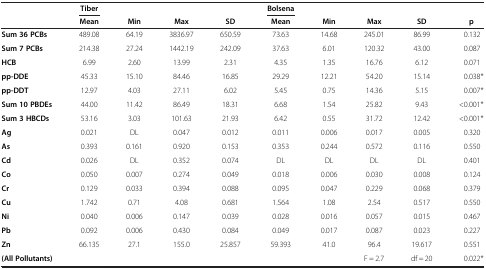
<table><thead><tr><td rowspan="2"><b> </b></td><td><b>Tiber</b></td><td><b> </b></td><td><b> </b></td><td><b> </b></td><td><b>Bolsena</b></td><td><b> </b></td><td><b> </b></td><td><b> </b></td><td><b> </b></td></tr><tr><td><b>Mean</b></td><td><b>Min</b></td><td><b>Max</b></td><td><b>SD</b></td><td><b>Mean</b></td><td><b>Min</b></td><td><b>Max</b></td><td><b>SD</b></td><td><b>p</b></td></tr></thead><tbody><tr><td><b>Sum 36 PCBs</b></td><td>489.08</td><td>64.19</td><td>3836.97</td><td>650.59</td><td>73.63</td><td>14.68</td><td>245.01</td><td>86.99</td><td>0.132</td></tr><tr><td><b>Sum 7 PCBs</b></td><td>214.38</td><td>27.24</td><td>1442.19</td><td>242.09</td><td>37.63</td><td>6.01</td><td>120.32</td><td>43.00</td><td>0.087</td></tr><tr><td><b>HCB</b></td><td>6.99</td><td>2.60</td><td>13.99</td><td>2.31</td><td>4.35</td><td>1.35</td><td>16.76</td><td>6.12</td><td>0.071</td></tr><tr><td><b>pp-DDE</b></td><td>45.33</td><td>15.10</td><td>84.46</td><td>16.85</td><td>29.29</td><td>12.21</td><td>54.20</td><td>15.14</td><td>0.038*</td></tr><tr><td><b>pp-DDT</b></td><td>12.97</td><td>4.03</td><td>27.11</td><td>6.02</td><td>5.45</td><td>0.75</td><td>14.36</td><td>5.15</td><td>0.007*</td></tr><tr><td><b>Sum 10 PBDEs</b></td><td>44.00</td><td>11.42</td><td>86.49</td><td>18.31</td><td>6.68</td><td>1.54</td><td>25.82</td><td>9.43</td><td>&lt;0.001*</td></tr><tr><td><b>Sum 3 HBCDs</b></td><td>53.16</td><td>3.03</td><td>101.63</td><td>21.93</td><td>6.42</td><td>0.55</td><td>31.72</td><td>12.42</td><td>&lt;0.001*</td></tr><tr><td><b>Ag</b></td><td>0.021</td><td>DL</td><td>0.047</td><td>0.012</td><td>0.011</td><td>0.006</td><td>0.017</td><td>0.005</td><td>0.320</td></tr><tr><td><b>As</b></td><td>0.393</td><td>0.161</td><td>0.920</td><td>0.153</td><td>0.353</td><td>0.244</td><td>0.572</td><td>0.116</td><td>0.550</td></tr><tr><td><b>Cd</b></td><td>0.026</td><td>DL</td><td>0.352</td><td>0.074</td><td>DL</td><td>DL</td><td>DL</td><td>DL</td><td>0.401</td></tr><tr><td><b>Co</b></td><td>0.050</td><td>0.007</td><td>0.274</td><td>0.049</td><td>0.018</td><td>0.006</td><td>0.030</td><td>0.008</td><td>0.124</td></tr><tr><td><b>Cr</b></td><td>0.129</td><td>0.033</td><td>0.394</td><td>0.088</td><td>0.095</td><td>0.047</td><td>0.229</td><td>0.068</td><td>0.379</td></tr><tr><td><b>Cu</b></td><td>1.742</td><td>0.71</td><td>4.08</td><td>0.681</td><td>1.564</td><td>1.08</td><td>2.54</td><td>0.517</td><td>0.550</td></tr><tr><td><b>Ni</b></td><td>0.040</td><td>0.006</td><td>0.147</td><td>0.039</td><td>0.028</td><td>0.016</td><td>0.057</td><td>0.015</td><td>0.467</td></tr><tr><td><b>Pb</b></td><td>0.092</td><td>0.006</td><td>0.430</td><td>0.084</td><td>0.049</td><td>0.017</td><td>0.087</td><td>0.023</td><td>0.227</td></tr><tr><td><b>Zn</b></td><td>66.135</td><td>27.1</td><td>155.0</td><td>25.857</td><td>59.393</td><td>41.0</td><td>96.4</td><td>19.617</td><td>0.551</td></tr><tr><td><b>(All Pollutants)</b></td><td> </td><td> </td><td> </td><td> </td><td> </td><td> </td><td>F = 2.7</td><td>df = 20</td><td>0.022*</td></tr></tbody></table>